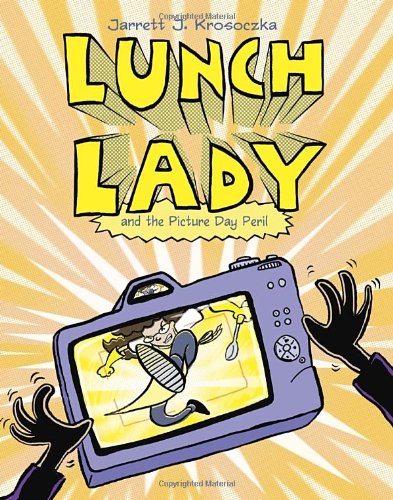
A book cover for Lunch Lady and the Picture Day Peril: Lunch Lady #8; Jarrett J. Krosoczka; Children's Books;